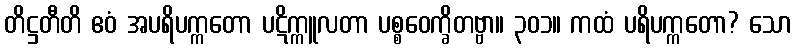
တိဋ္ဌတီတိ ဧဝံ အပရိပက္ကတော ပဋိက္ကူလတာ ပစ္စဝေက္ခိတဗ္ဗာ။ ၃၀၁။ ကထံ ပရိပက္ကတော? သော